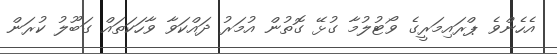
އެހެންވެ ޕްރައިމަރީގެ ވޯޓުލުމާ ގުޅޭ ގޮތުން އުމަރު ދައްކަވާ ވާހަކަތައް ގަބޫލު ކުރަން